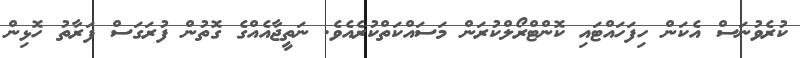
ކުރެވުނަސް އެކަން ހިފަހައްޓައި ކޮންޓްރޯލްކުރަން މަސައްކަތްކުރެއެވެ. ނަތީޖާއެއްގެ ގޮތުން ފުރަގަސް ފަރާތު ހޮޅިން